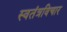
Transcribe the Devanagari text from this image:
स्वतंत्रविचार